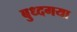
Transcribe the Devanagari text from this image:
बुध्दगया